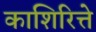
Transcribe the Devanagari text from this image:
काशिरित्ते